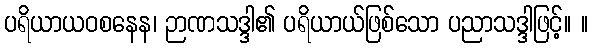
ပရိယာယဝစနေန၊ ဉာဏသဒ္ဒါ၏ ပရိယာယ်ဖြစ်သော ပညာသဒ္ဒါဖြင့်။ ။